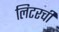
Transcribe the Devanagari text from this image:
लिटरची